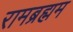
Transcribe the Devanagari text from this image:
रामब्रह्मम